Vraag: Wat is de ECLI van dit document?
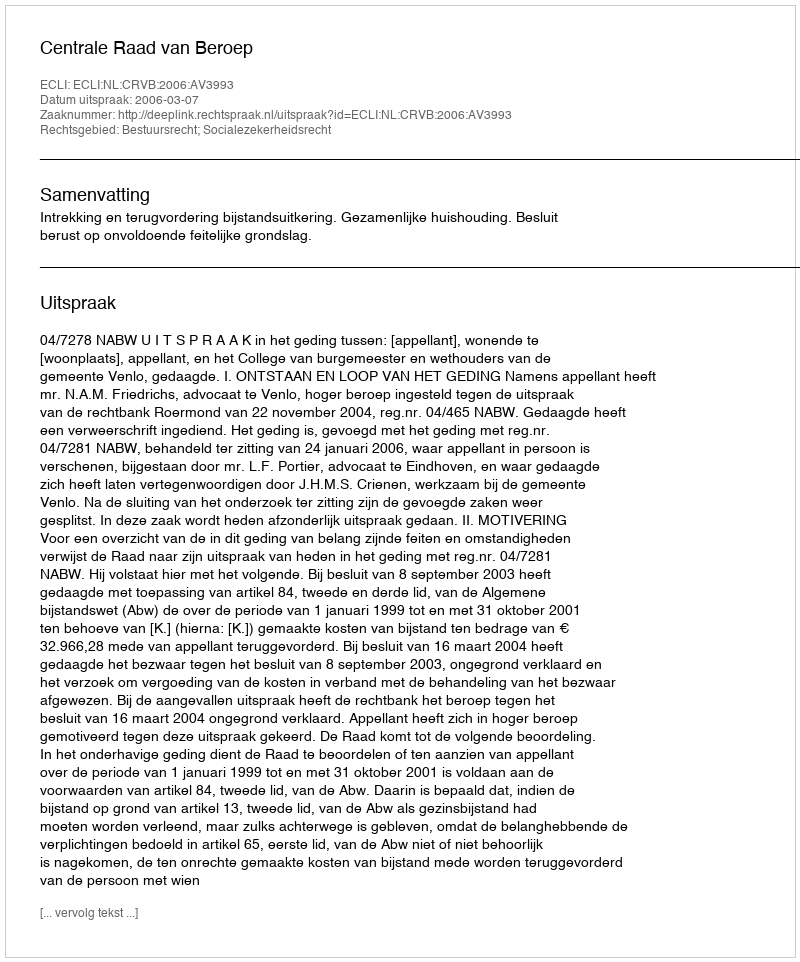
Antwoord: ECLI:NL:CRVB:2006:AV3993